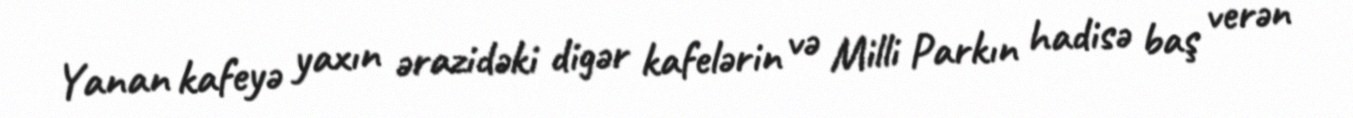
Yanan kafeyə yaxın ərazidəki digər kafelərin və Milli Parkın hadisə baş verən